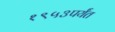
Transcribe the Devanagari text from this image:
१९५३पर्यंत